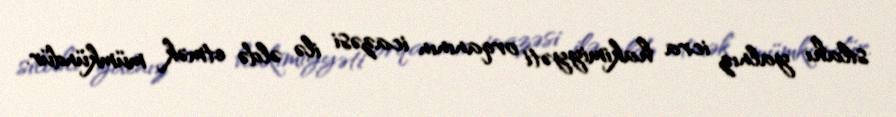
silahı yalnız icra hakimiyyəti orqanının icazəsi ilə əldə etmək mümkündür.